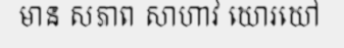
មាន សភាព សាហាវ ឃោរឃៅ